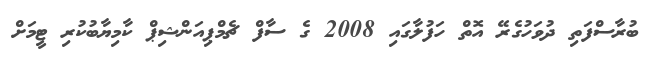
ބުރާސްފަތި ދުވަހުގެރޭ އޮތް ހަފުލާގައި 2008 ގެ ސާފް ޗެމްޕިއަންޝިޕް ކާމިޔާބުކުރި ޓީމަށް